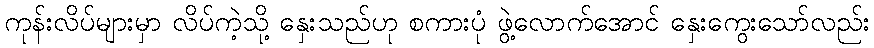
ကုန်းလိပ်များမှာ လိပ်ကဲ့သို့ နှေးသည်ဟု စကားပုံ ဖွဲ့လောက်အောင် နှေးကွေးသော်လည်း